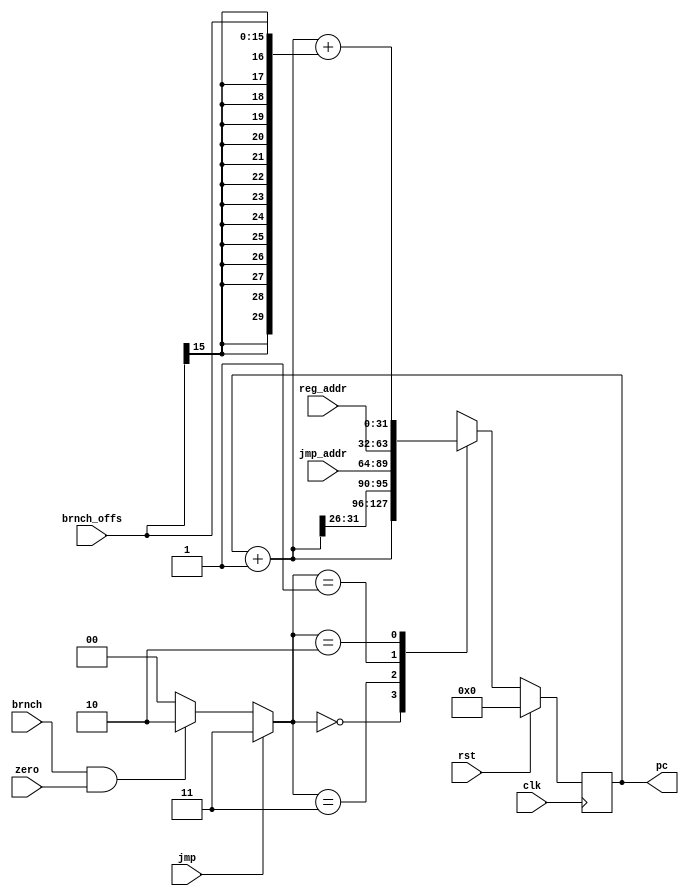
`timescale 1ns / 1ps

module prog_cntr(
    input clk,
    input rst,
    input zero,
    input brnch,
    input jmp,
    input [25:0] jmp_addr,
    input [15:0] brnch_offs,
    input [31:0] reg_addr,
    output reg [31:0] pc
);

    wire [31:0] pc_incr;
    reg [1:0] pc_ctrl;

    initial pc <= 32'h00000000;

    assign pc_incr = pc + 1;

    always @(posedge clk) begin
        if(rst == 1)
            pc <= 32'h00000000;
        else begin
            pc_ctrl = brnch & zero == 1 ? 2'b10 : 2'b00;
            pc_ctrl = jmp ? 2'b11 : pc_ctrl;
            case(pc_ctrl)
                2'b00:   pc <= pc_incr;  //Increment of program counter by 4
                2'b11:   pc <= {pc_incr[31:26],jmp_addr}; //jmp addr calculation
                2'b01:   pc <= reg_addr; //Initial addr
                2'b10:   pc <= pc_incr + {{14{brnch_offs[15]}},brnch_offs[15:0]};
                default: pc <= pc_incr;
            endcase
        end
    end

endmodule